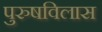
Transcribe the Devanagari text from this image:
पुरुषविलास